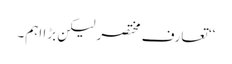
‘‘ تعارف مختصر لیکن بڑا اہم۔